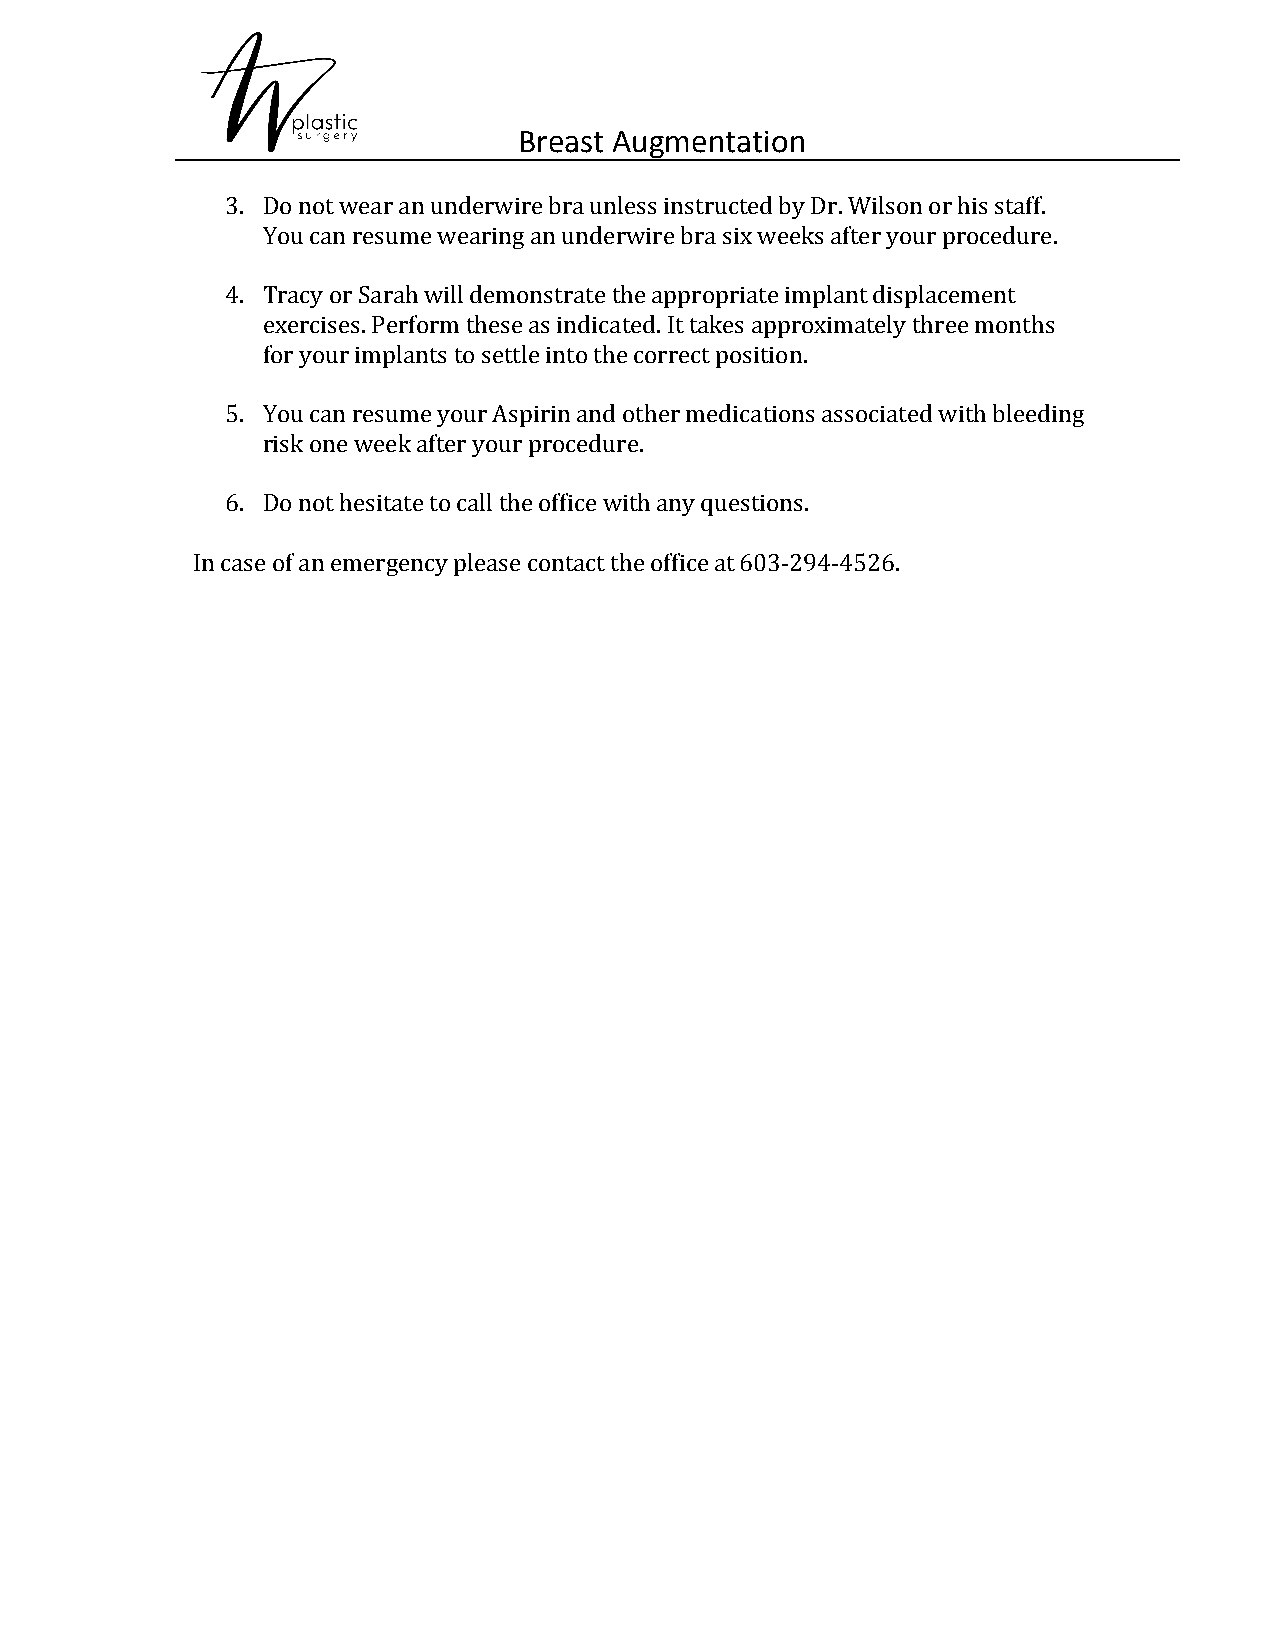
Breast Augmentation
 ​
 3. Do not wear an underwire bra unless instructed by Dr. Wilson or his staff.
 You can resume wearing an underwire bra six weeks after your procedure.
 4. Tracy or Sarah will demonstrate the appropriate implant displacement
 exercises. Perform these as indicated. It takes approximately three months
 for your implants to settle into the correct position.
 5. You can resume your Aspirin and other medications associated with bleeding
 risk one week after your procedure.
 6. Do not hesitate to call the office with any questions.
 In case of an emergency please contact the office at 603-294-4526.